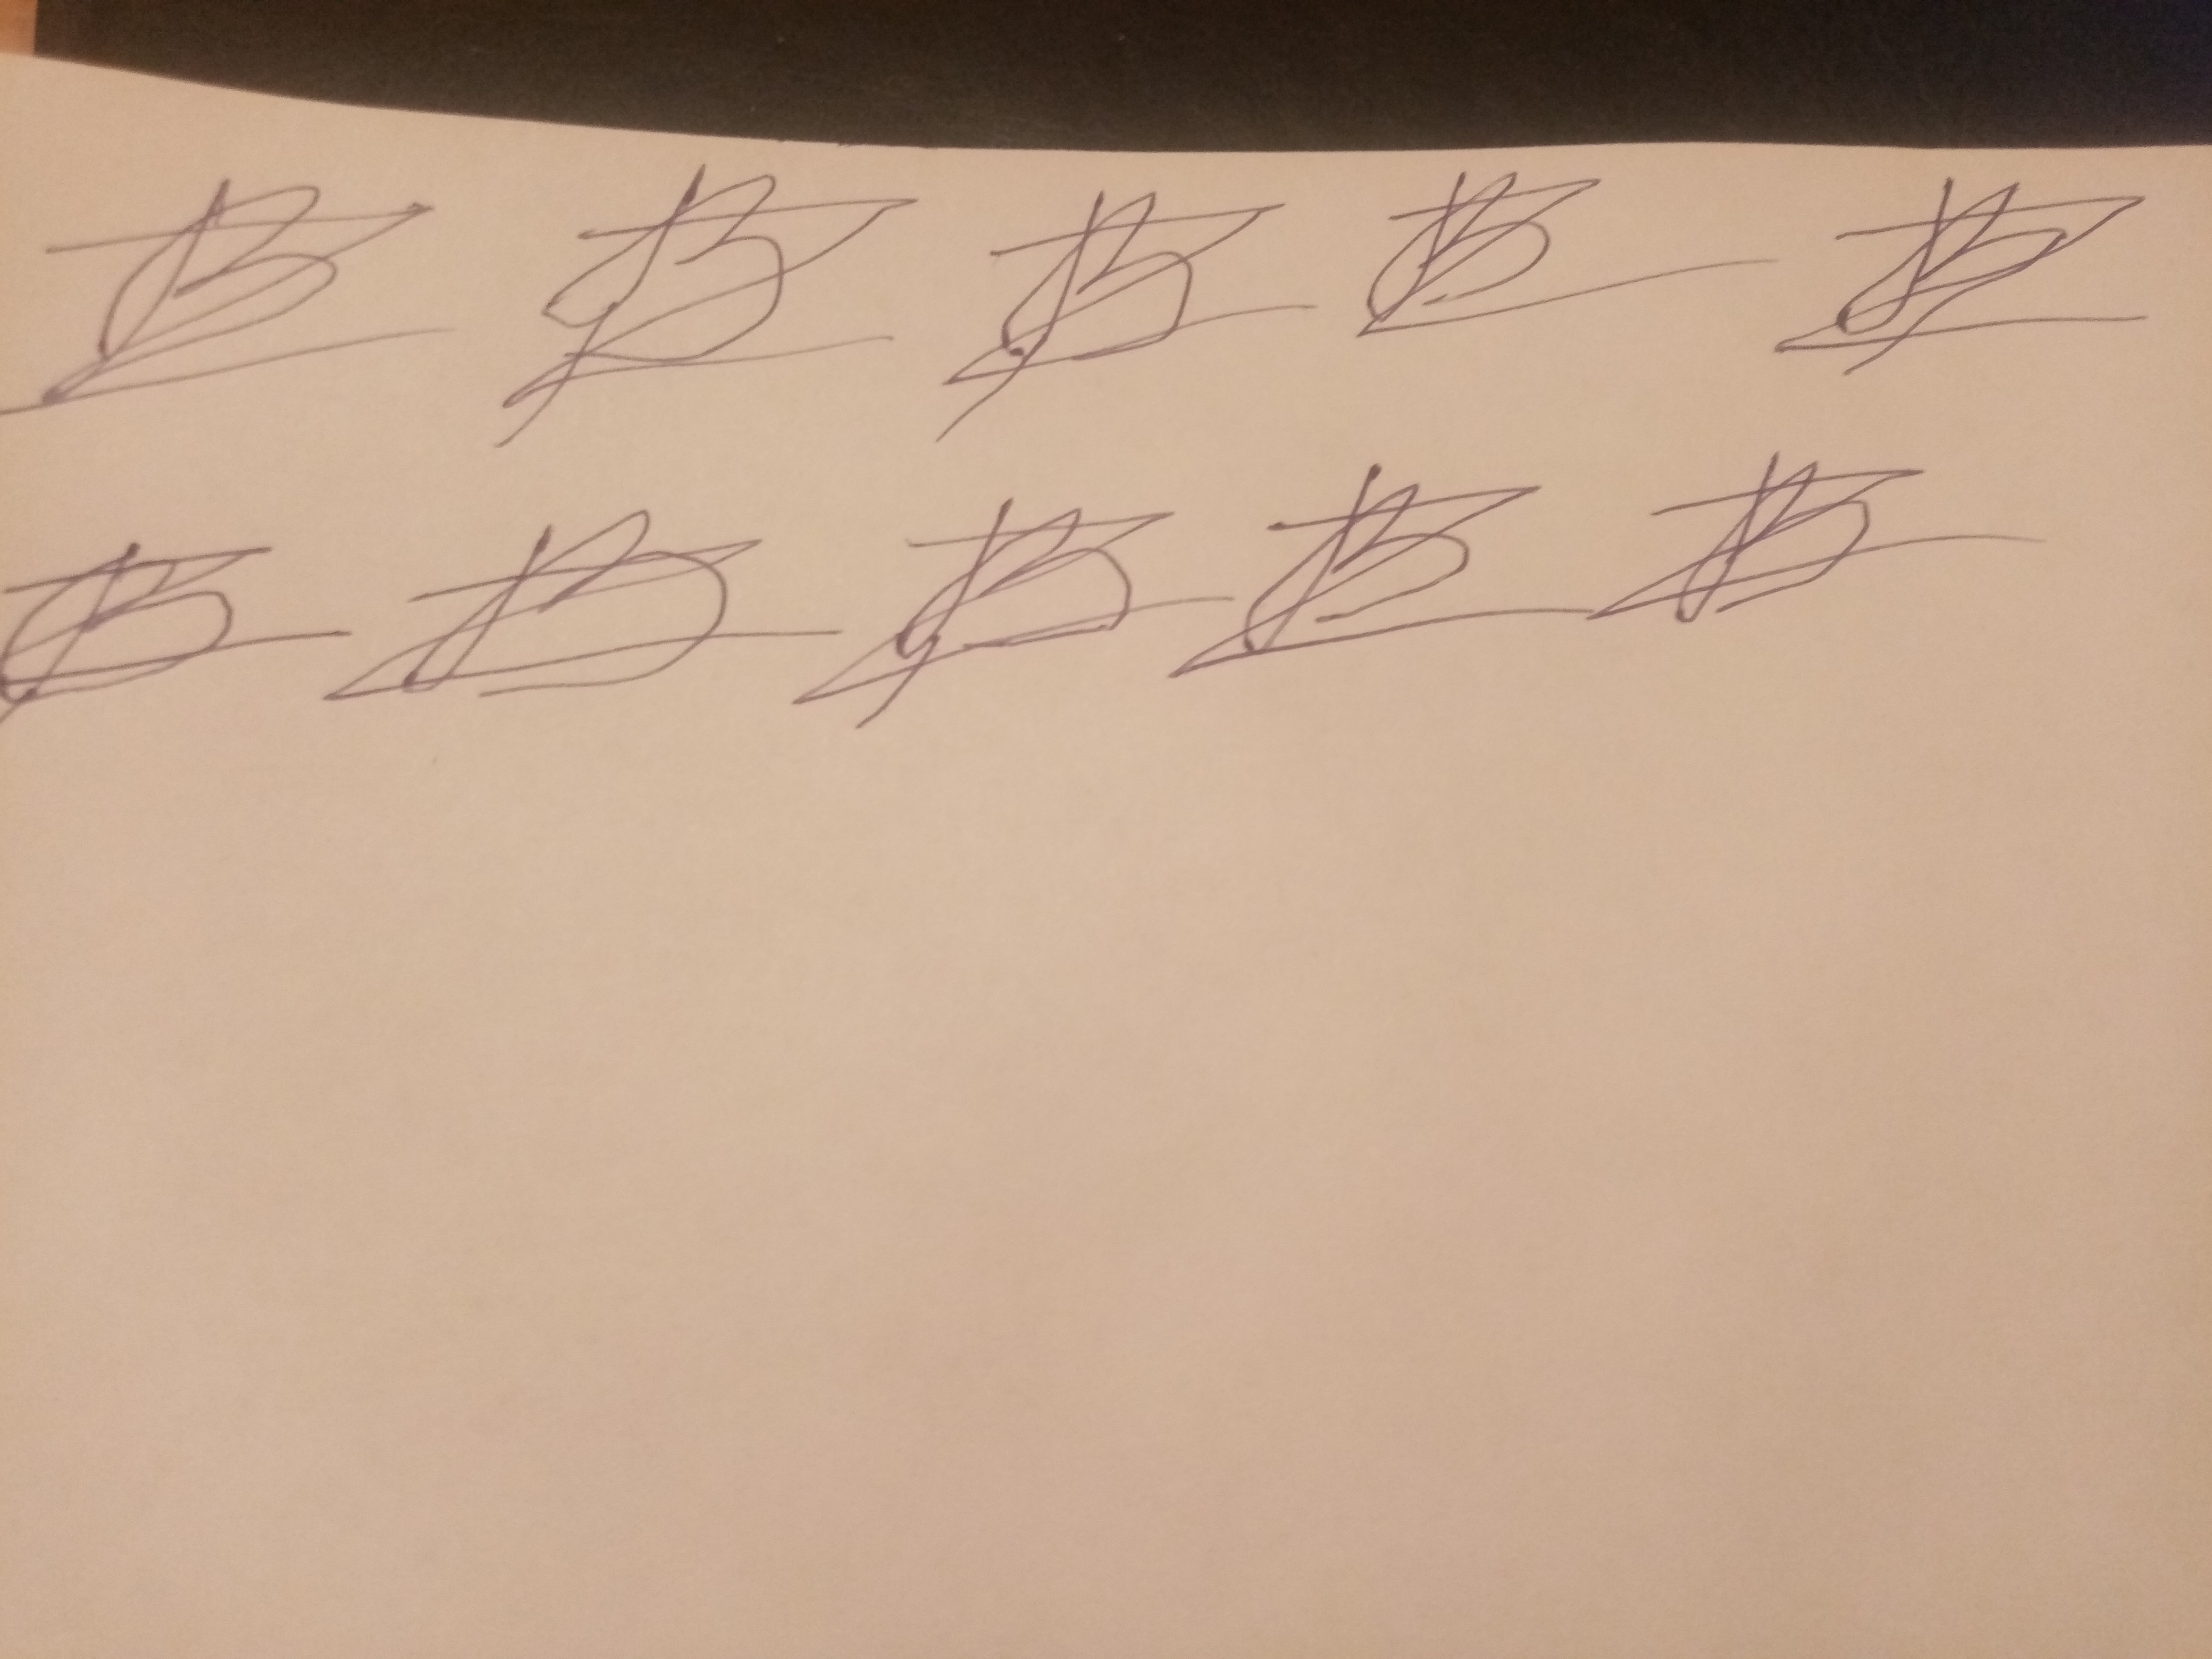
Signature authenticity: forged